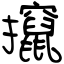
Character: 攛